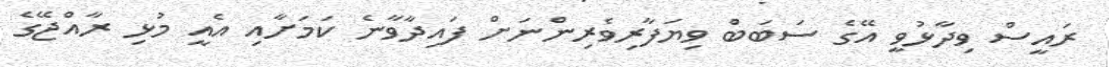
ރައީސް ވިދާޅުވީ އޭގެ ސަބަބުް ވިޔަފާރިވެރިންނަށް ފައިދާވާނެ ކަމަށާއި އެއީ މުޅި ރާއްޖޭގެ